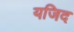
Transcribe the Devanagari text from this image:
यजिद